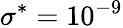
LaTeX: \sigma^{*}=10^{-9}